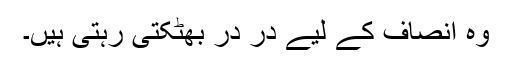
وہ انصاف کے لیے در در بھٹکتی رہتی ہیں۔